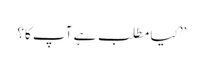
’’کیا مطلب ہے آپ کا؟